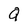
Character: Q